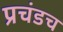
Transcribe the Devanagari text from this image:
प्रचंडच